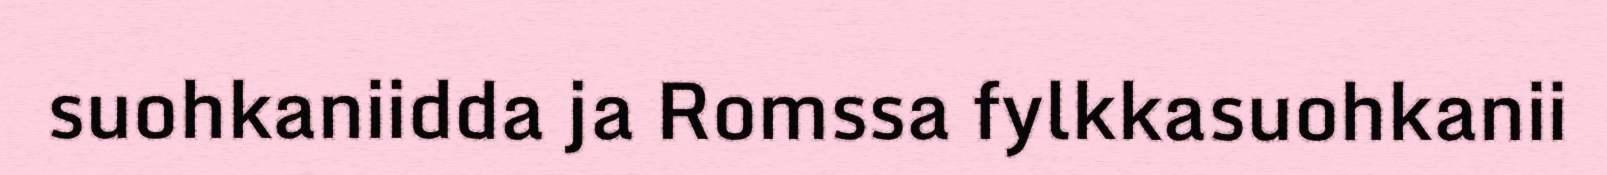
suohkaniidda ja Romssa fylkkasuohkanii